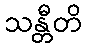
သန္တီတိ